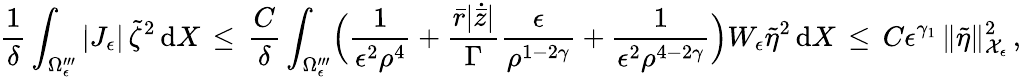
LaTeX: \frac{1}{\delta}\int_{\Omega_{\epsilon}^{\prime\prime\prime}}|J_{\epsilon}|\, \tilde{\zeta}^{2}\, \mathrm{d}X\, \le\, \frac{C}{\delta}\int_{\Omega_{\epsilon}^{\prime\prime\prime}}\Bigl(\frac{1}{\epsilon^{2}\rho^{4}}+\frac{\bar{r}|\dot{\bar{z}}|}{\Gamma}\frac{\epsilon}{\rho^{1-2\gamma}}+\frac{1}{\epsilon^{2}\rho^{4-2\gamma}}\Bigr)W_{\epsilon}\tilde{\eta}^{2}\, \mathrm{d}X\, \le\, C\epsilon^{\gamma_{1}}\, \| \tilde{\eta}\| _{\mathcal{X}_{\epsilon}}^{2}\, ,